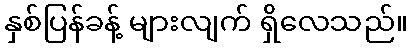
နှစ်ပြန်ခန့် များလျက် ရှိလေသည်။